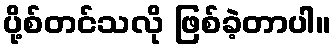
ပို့စ်တင်သလို ဖြစ်ခဲ့တာပါ။